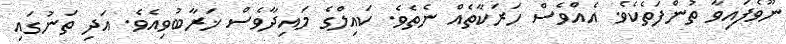
ނޫވެފައިވާ ތުންފަތެކެވެ. އެއްވެސް ހަރަކާތެއް ނެތެވެ. ކައިލްގެ މައިދާވެސް ޚަރާބުވިއެވެ. އަދި ތަނުގައި